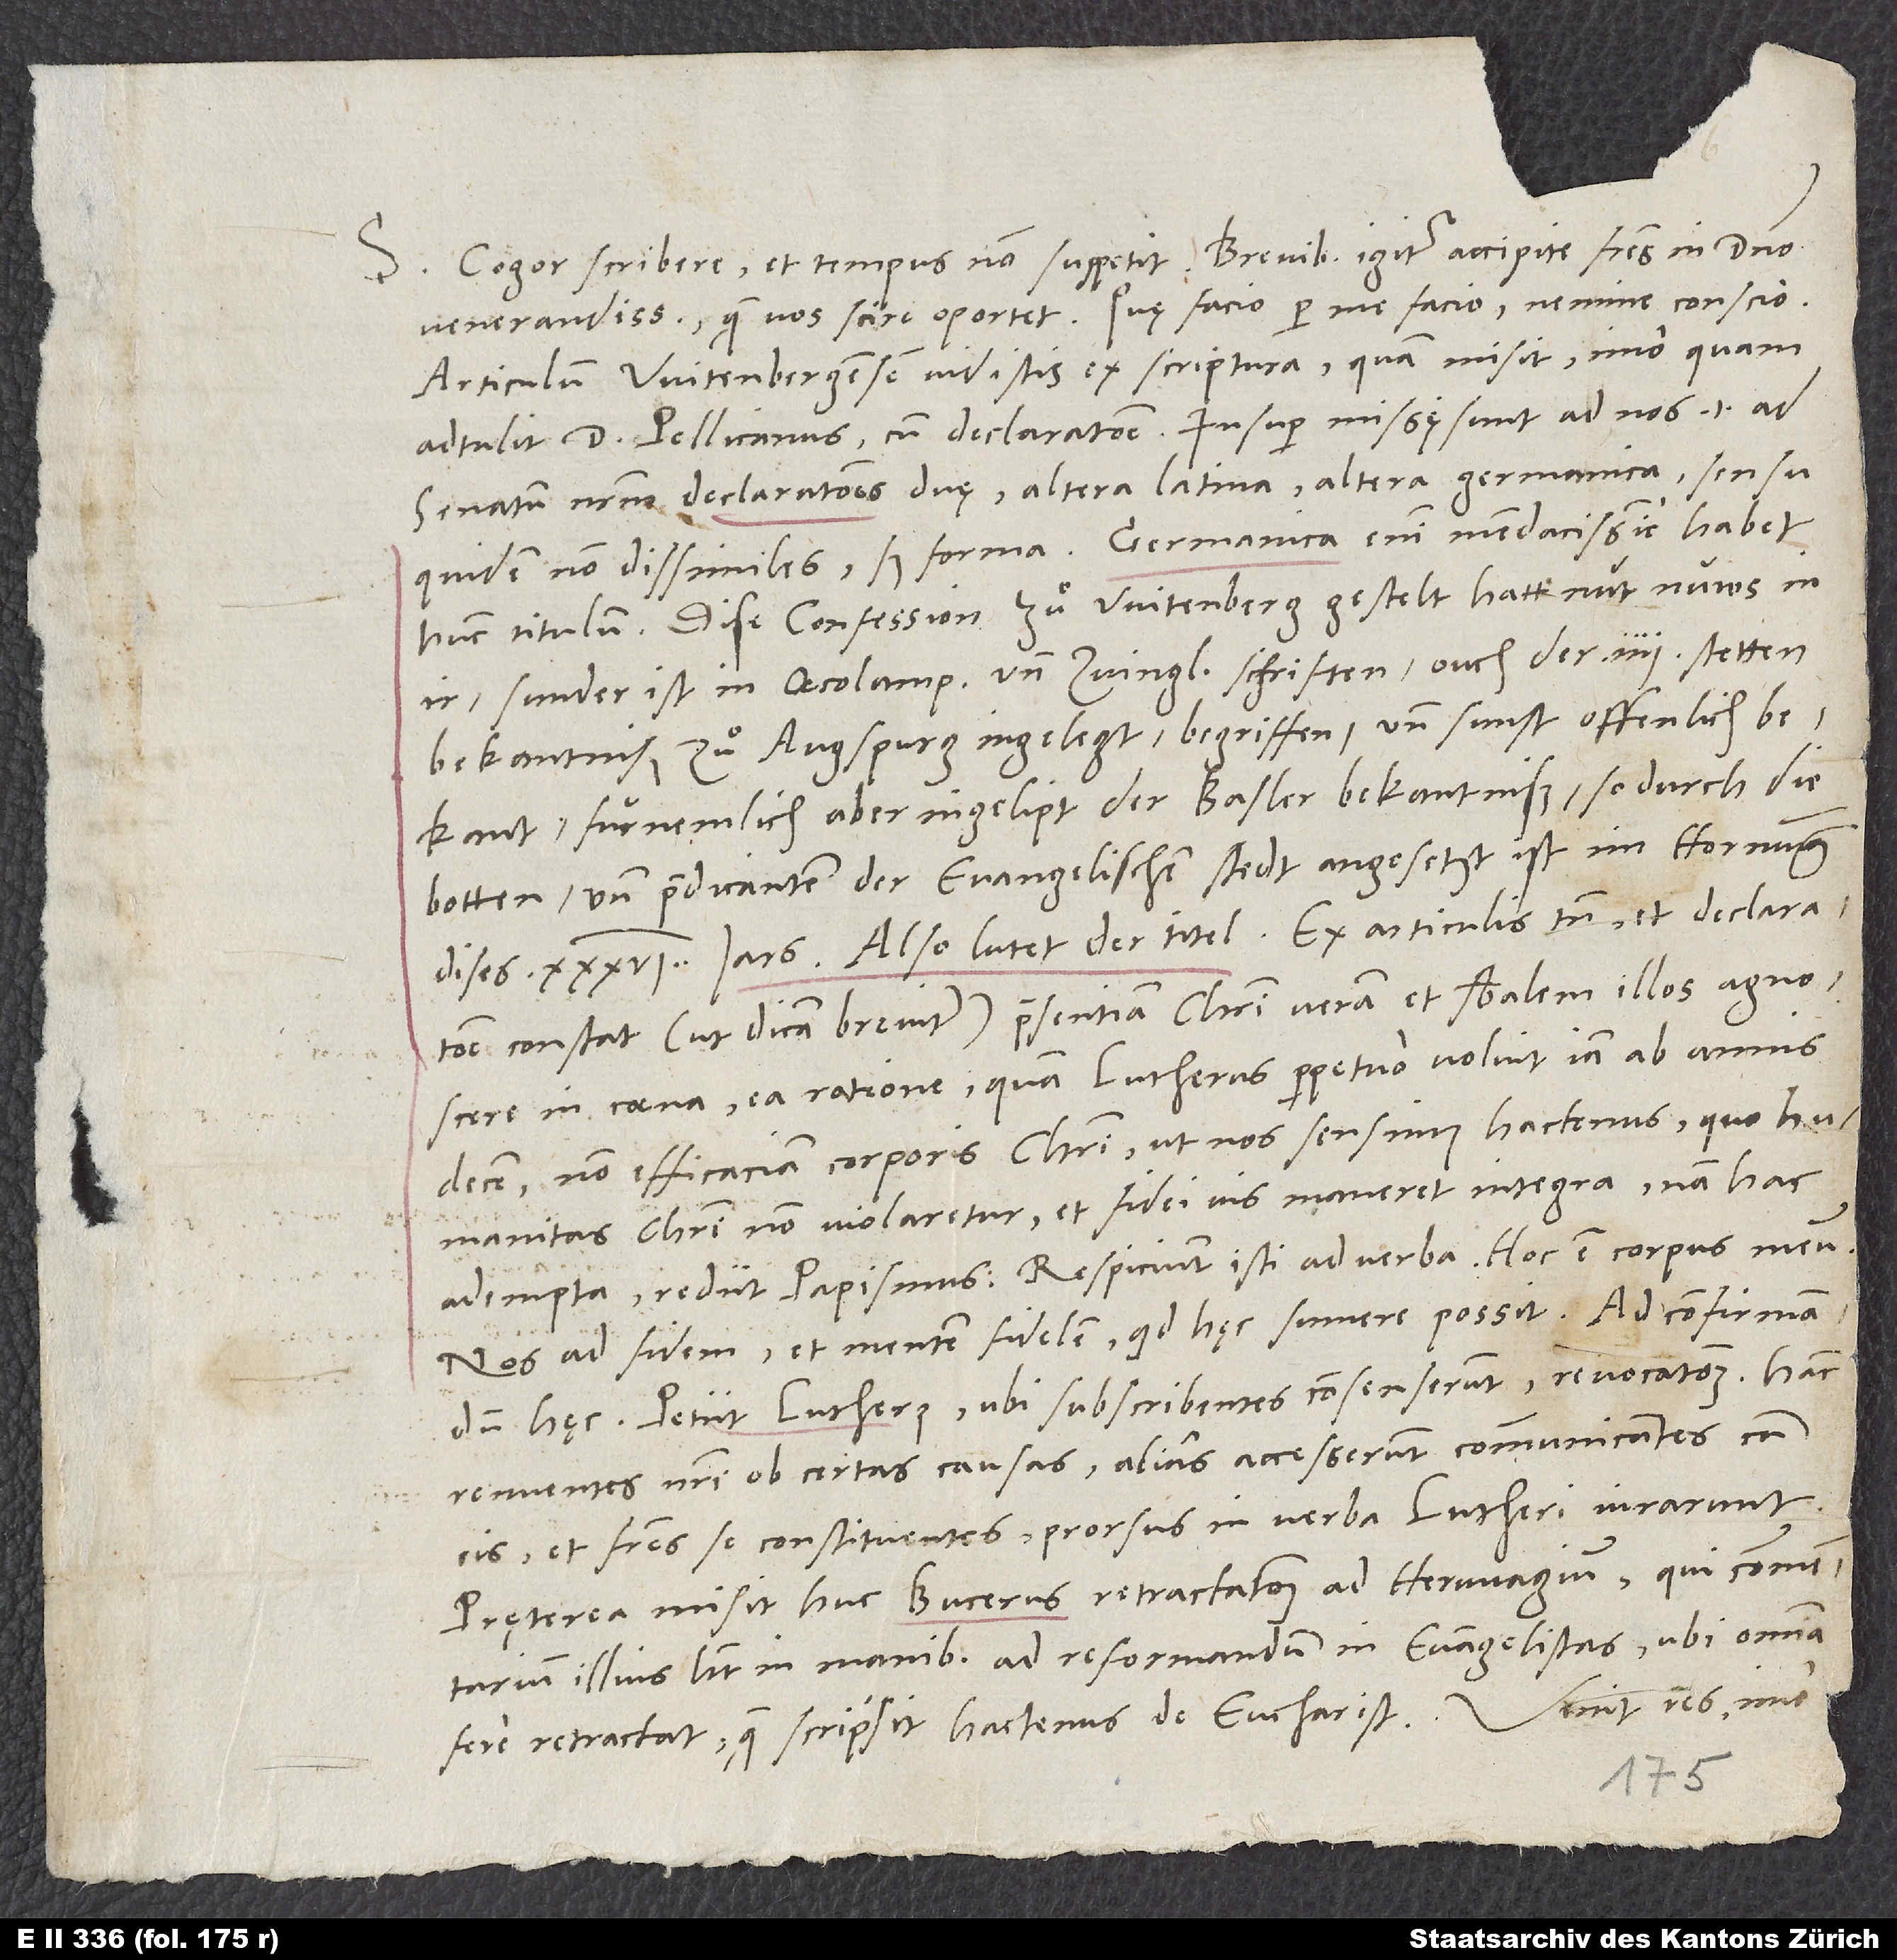
S. Cogor scribere, et tempus non suppetit. Brevibus igitur accipite, fratres in domino
venerandissimi, quae vos scire oportet. Quae facio, per me facio nemine conscio.
Articulum Witenbergensem vidistis ex scriptura, quam misit, imo quam
adtulit d. Pellicanus cum declaratione. Insuper missę sunt ad nos, id est ad
senatum nostrum, declarationes duę, altera Latina, altera Germanica, sensu
quidem non dissimiles, sed forma. Germanica enim mendacissime habet
hunc titulum: "Dise confession, zuͦ Witenberg gestelt, hatt nüt nüws in
ir, sunder ist in Oecolampadii und Zvinglii schriften, ouch der 4 stetten
bekantniß, zuͦ Augspurg ingelegt, begriffen, und sunst öffenlich
bekant, fürnemlich aber ingelipt der Basler bekantniß, so durch die
botten und predicanten der evangelischen stedt angesetzt ist im hornung
constat (ut dicam breviter) praesentiam Christi veram et substantialem illos agnoscere
in coena ea ratione, quam Lutherus perpetuo voluit iam ab annis
decem, non efficaciam corporis Christi, ut nos sensimus hactenus, quo humanitas
Christi non violaretur et fidei vis maneret integra; nam hac
adempta rediit papismus. Respiciunt isti ad verba "hoc est corpus meum",
nos ad fidem et mentem fidelem, quid hęc sumere possit. Ad confirmandum
hęc petiit Lutherus, ubi subscribentes consenserunt, revocationem. Hanc
renuentes nostri ob certas causas alias accesserunt communicantes cum
eis et fratres se constituentes, prorsus in verba Lutheri iurarunt.
Pręterea misit huc Bucerus retractationem ad Herwagium, qui commentarium
illius habet in manibus ad reformandum in evangelistas, ubi omnia
fere retractat, quae scripsit hactenus de eucharistia.